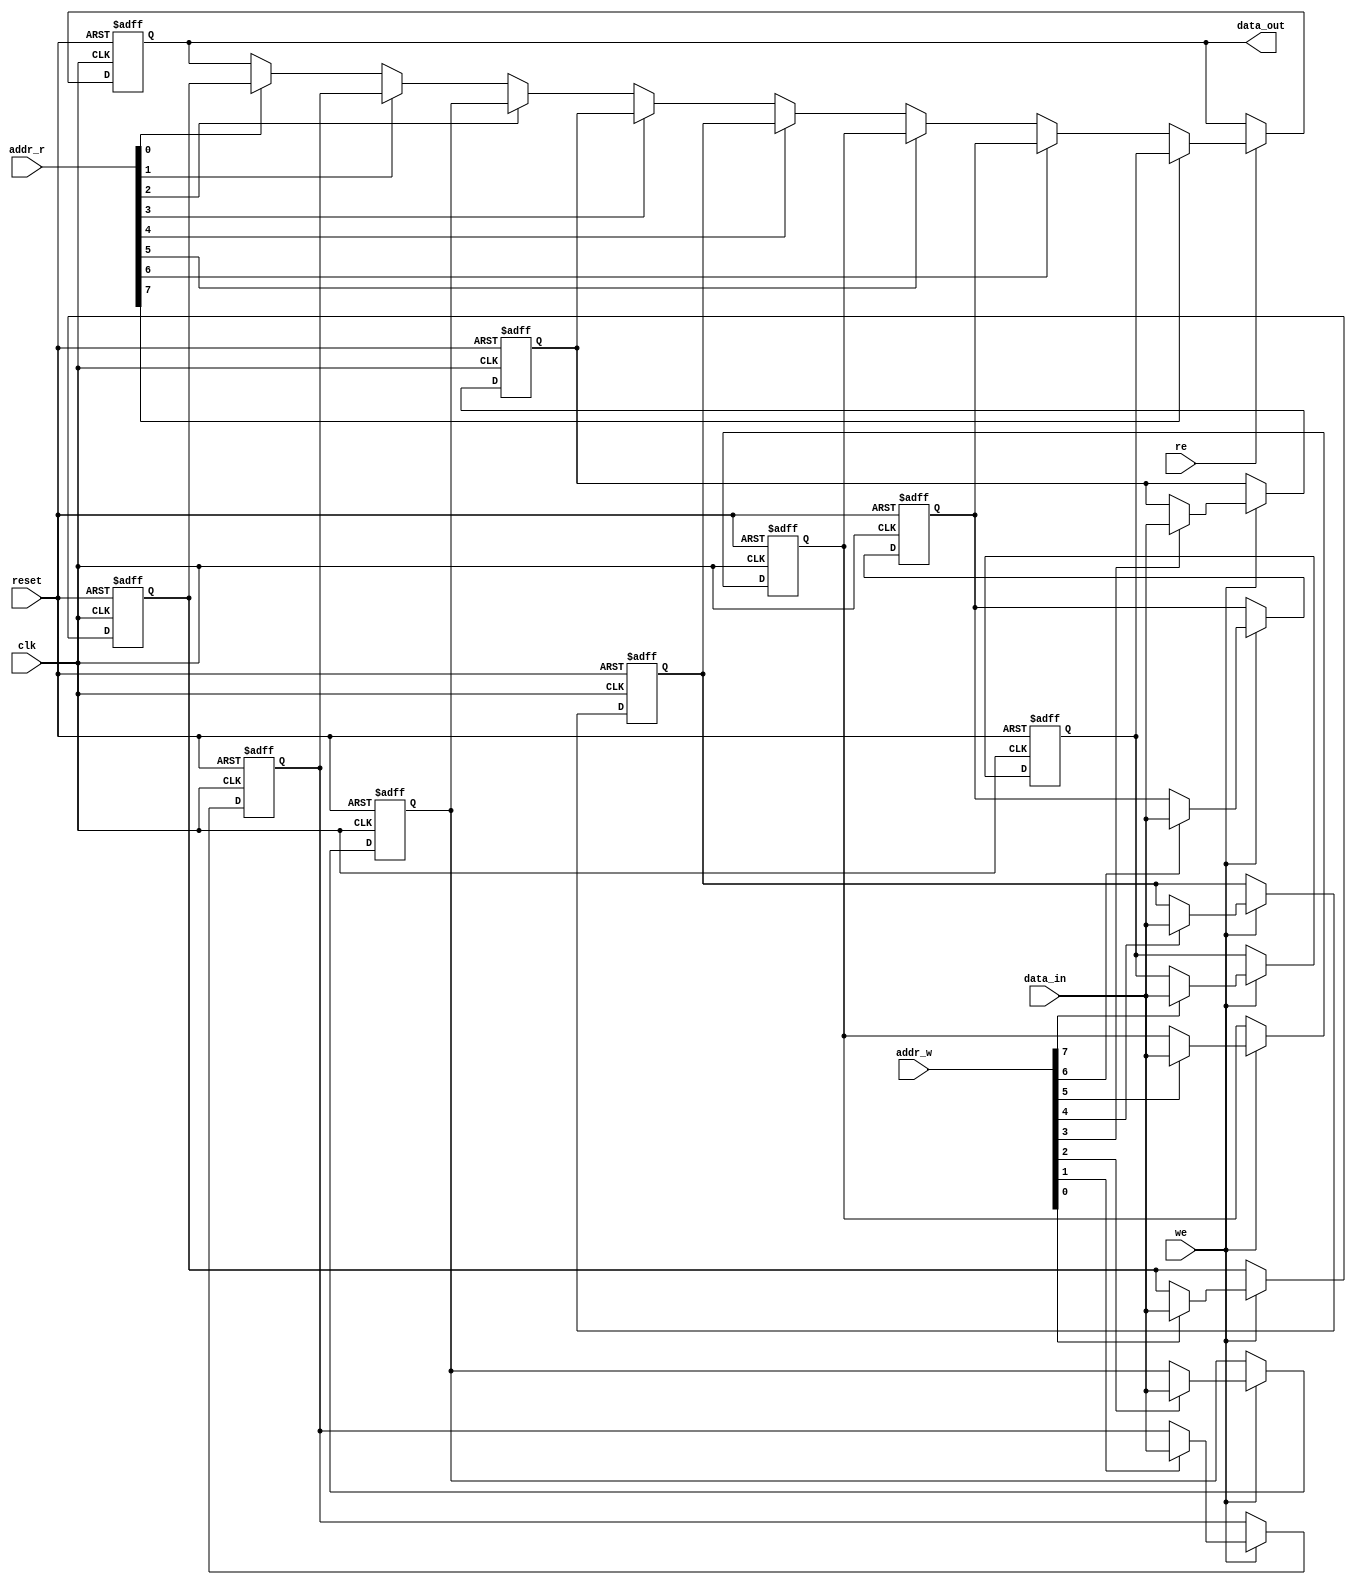
module IO_Blocks_Register_File #(
    parameter NUM_REGS = 8,  // Number of registers
    parameter REG_WIDTH = 16  // Width of each register in bits
)(
    input wire clk,                  // Clock signal
    input wire reset,                // Reset signal
    input wire we,                   // Write Enable signal
    input wire re,                   // Read Enable signal
    input wire [NUM_REGS-1:0] addr_w, // Write address (one-hot encoding)
    input wire [NUM_REGS-1:0] addr_r, // Read address (one-hot encoding)
    input wire [REG_WIDTH-1:0] data_in, // Data input for writing
    output reg [REG_WIDTH-1:0] data_out // Data output for reading
);

    // Register array declaration
    reg [REG_WIDTH-1:0] registers [0:NUM_REGS-1];

    // Reset logic
    integer i;
    always @(posedge clk or posedge reset) begin
        if (reset) begin
            // Clear all registers on reset
            for (i = 0; i < NUM_REGS; i = i + 1) begin
                registers[i] <= {REG_WIDTH{1'b0}};
            end
            data_out <= {REG_WIDTH{1'b0}};
        end else begin
            // Write operation
            if (we) begin
                for (i = 0; i < NUM_REGS; i = i + 1) begin
                    if (addr_w[i]) begin
                        registers[i] <= data_in; // Write data to the selected register
                    end
                end
            end

            // Read operation
            if (re) begin
                for (i = 0; i < NUM_REGS; i = i + 1) begin
                    if (addr_r[i]) begin
                        data_out <= registers[i]; // Read data from the selected register
                    end
                end
            end
        end
    end

endmodule